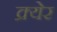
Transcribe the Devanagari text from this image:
क्र्येर